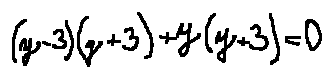
( y - 3 ) ( y + 3 ) + y ( y + 3 ) = 0